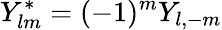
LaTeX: Y_{lm}^{*}=(-1)^{m}Y_{l,-m}